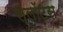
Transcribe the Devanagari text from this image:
स्लॉटस